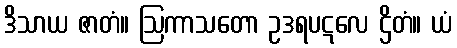
ဒိသာယ ဇာတံ။ ဩကာသတော ဥဒရပဋလေ ဌိတံ။ ယံ